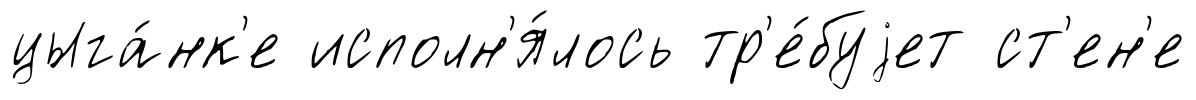
цыга́нк'е исполн'я́лось тр'е́буjет ст'ен'е